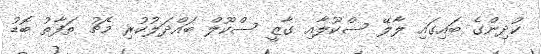
ކުދިންގެ ބައިގައި ލާލޭ ސްކޫލާއި ގާޒީ ސްކޫލް ބައްދަލުކުރި މެޗު ތަފާތު ބޮޑު